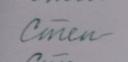
Signature authenticity: forged